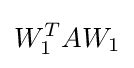
W_{1}^{T}AW_{1}